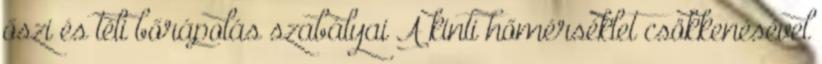
őszi és téli bőrápolás szabályai A kinti hőmérséklet csökkenésével